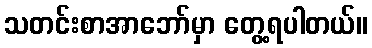
သတင်းစာအာဘော်မှာ တွေ့ရပါတယ်။